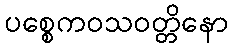
ပစ္စေကဝသဝတ္တိနော